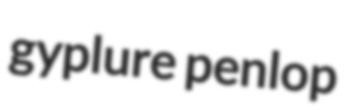
gyplure penlop